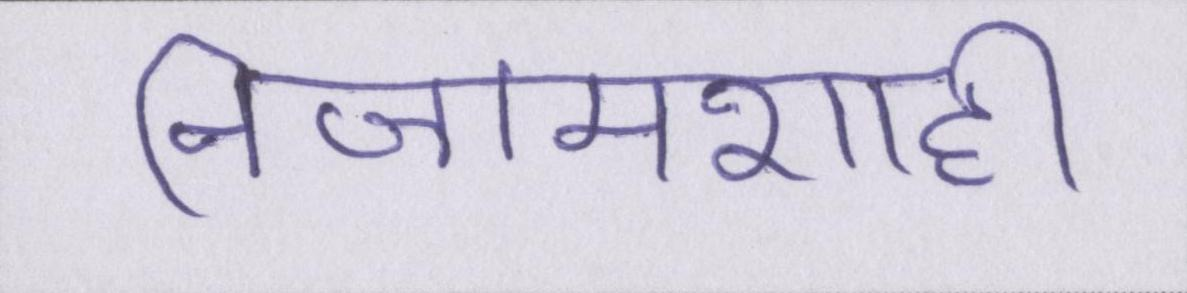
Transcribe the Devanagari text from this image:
निजामशाही